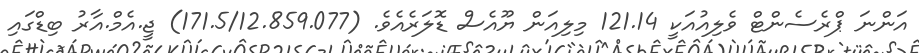
އަންނަ ޕްރެސެންޓް ވެލިއުއަކީ 121.14 މިލިއަން ޔޫއެސް ޑޮލަރެއެވެ. (171.5/12.859.077) ޖީ.އެމް.އާރު ބިޑްގައި